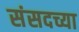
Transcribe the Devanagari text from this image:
संसदच्या